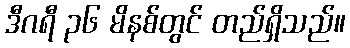
ဒီဂရီ ၃၆ မိနစ်တွင် တည်ရှိသည်။